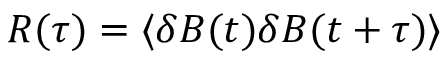
R ( \tau ) = \langle \delta B ( t ) \delta B ( t + \tau ) \rangle